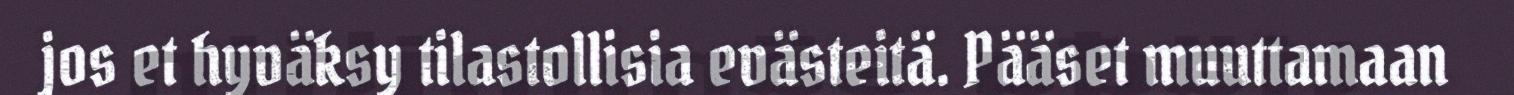
jos et hyväksy tilastollisia evästeitä. Pääset muuttamaan